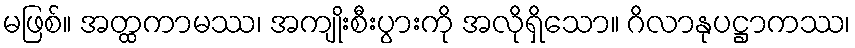
မဖြစ်။ အတ္ထကာမဿ၊ အကျိုးစီးပွားကို အလိုရှိသော။ ဂိလာနုပဋ္ဌာကဿ၊